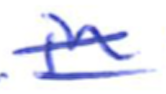
Text: in
Cross-out: double-line
Writing tool: ballpoint